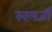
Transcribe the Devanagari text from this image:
स्वमर्जी